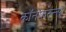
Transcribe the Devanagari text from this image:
कॉनफरेन्स